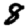
Digit: 8